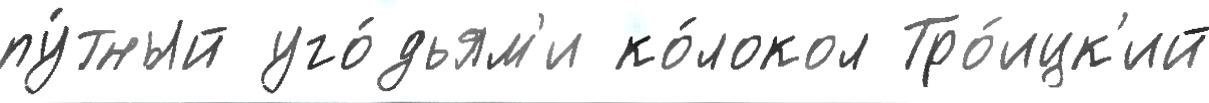
пу́тный уго́дьям'и ко́локол Тро́ицк'ий